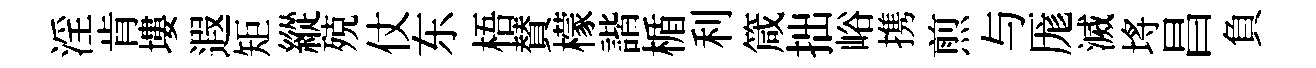
淫肯塿遐矩縱殑仗东梧賛檬諧楯利箴拙峪携煎与厖滅埓昌負